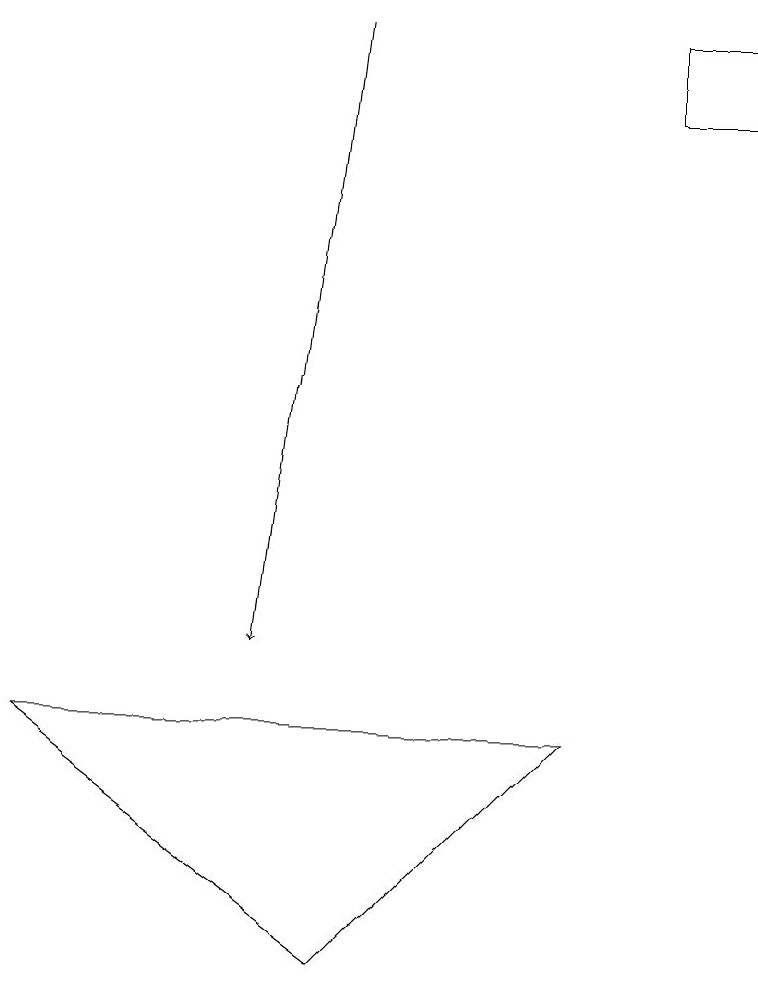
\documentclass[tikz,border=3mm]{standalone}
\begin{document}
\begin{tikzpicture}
\draw (9,17) rectangle (8,18);
\draw (7,9) -- (4,6) -- (0,9) -- cycle;
\draw[->] (4,18) -- (3,10);
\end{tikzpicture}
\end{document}